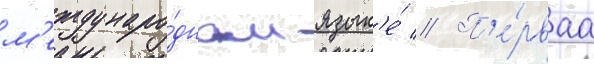
м'еждунаро́дном язык'е́ // П'е́рваа